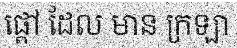
ផ្តៅ ដែល មាន ក្រឡា